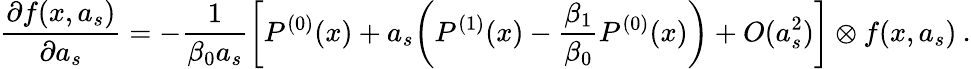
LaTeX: \frac{\partial f(x,a_{s})}{\partial a_{s}}=-\frac{1}{\beta_{0}a_{s}}\bigg[P^{(0)}(x)+a_{s}\bigg(P^{(1)}(x)-\frac{\beta_{1}}{\beta_{0}}P^{(0)}(x)\bigg)+O(a_{s}^{2})\bigg]\otimes f(x,a_{s})\: .